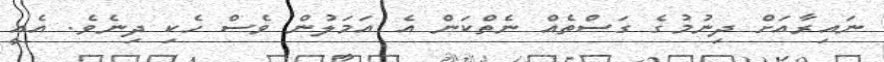
ނައިރާއަށް ދިނުމުގެ ގަސްތެއް ނެތްކަން އެ އަމަލުން ވެސް ހެކި ދިނެވެ. އެއީ